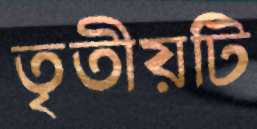
তৃতীয়টি